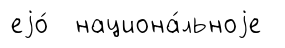
еjо́ национа́льноjе